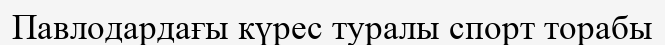
Павлодардағы күрес туралы спорт торабы